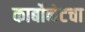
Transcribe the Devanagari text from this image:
कार्बोनेटचा